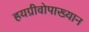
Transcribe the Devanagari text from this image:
हयग्रीवोपाख्यान